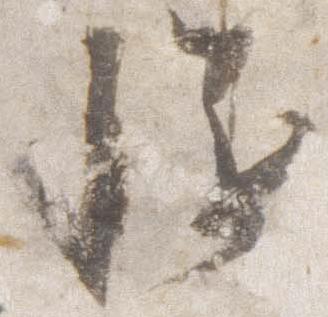
慥